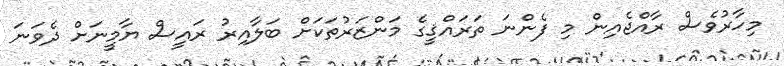
މިހާރުވެސް ރާއްޖެއިން މި ފެންނަ ތަރައްޤީގެ މަންޒަރުތަކަށް ބަލާއިރު ރައީސް ޔާމީނަށް ދެވަނަ